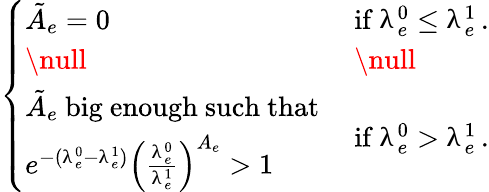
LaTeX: \left\{ \begin{array}{ll}{\tilde{A}_{e}=0}&{\mathrm{if~}\uplambda_{e}^{0}\le\uplambda_{e}^{1}\, .}\\ {\null}&{\null}\\ {\begin{array}{l}{\tilde{A}_{e}\mathrm{~big~enough~such~that~}}\\ {e^{-(\uplambda_{e}^{0}-\uplambda_{e}^{1})}\left(\frac{\uplambda_{e}^{0}}{\uplambda_{e}^{1}}\right)^{A_{e}}>1}\end{array}}&{\mathrm{if~}\uplambda_{e}^{0}>\uplambda_{e}^{1}\, .}\end{array}\right.